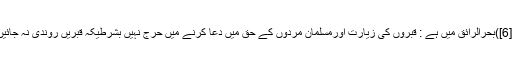
([6])بَحْرُالرَّائِق میں ہے : قبروں کی زیارت اورمسلمان مُردوں کے حق میں دُعا کرنے میں حَرَج نہیں بشرطیکہ قبریں روندی نہ جائیں۔